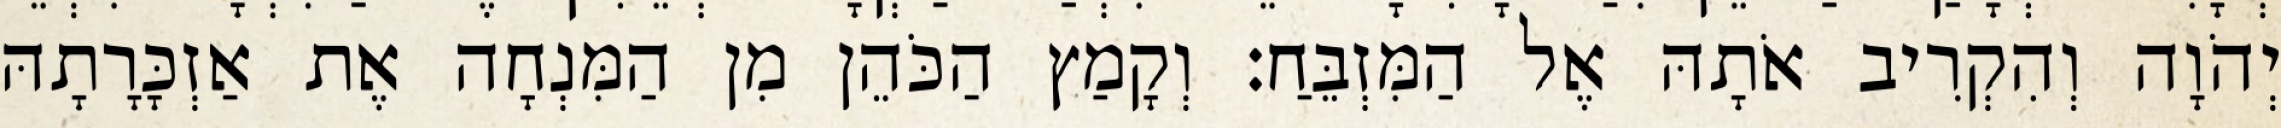
יְהֹוָה וְהִקְרִיב אֹתָהּ אֶל הַמִּזְבֵּחַ׃ וְקָמַץ הַכֹּהֵן מִן הַמִּנְחָה אֶת אַזְכָּרָתָהּ